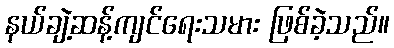
နယ်ချဲ့ဆန့်ကျင်ရေးသမား ဖြစ်ခဲ့သည်။